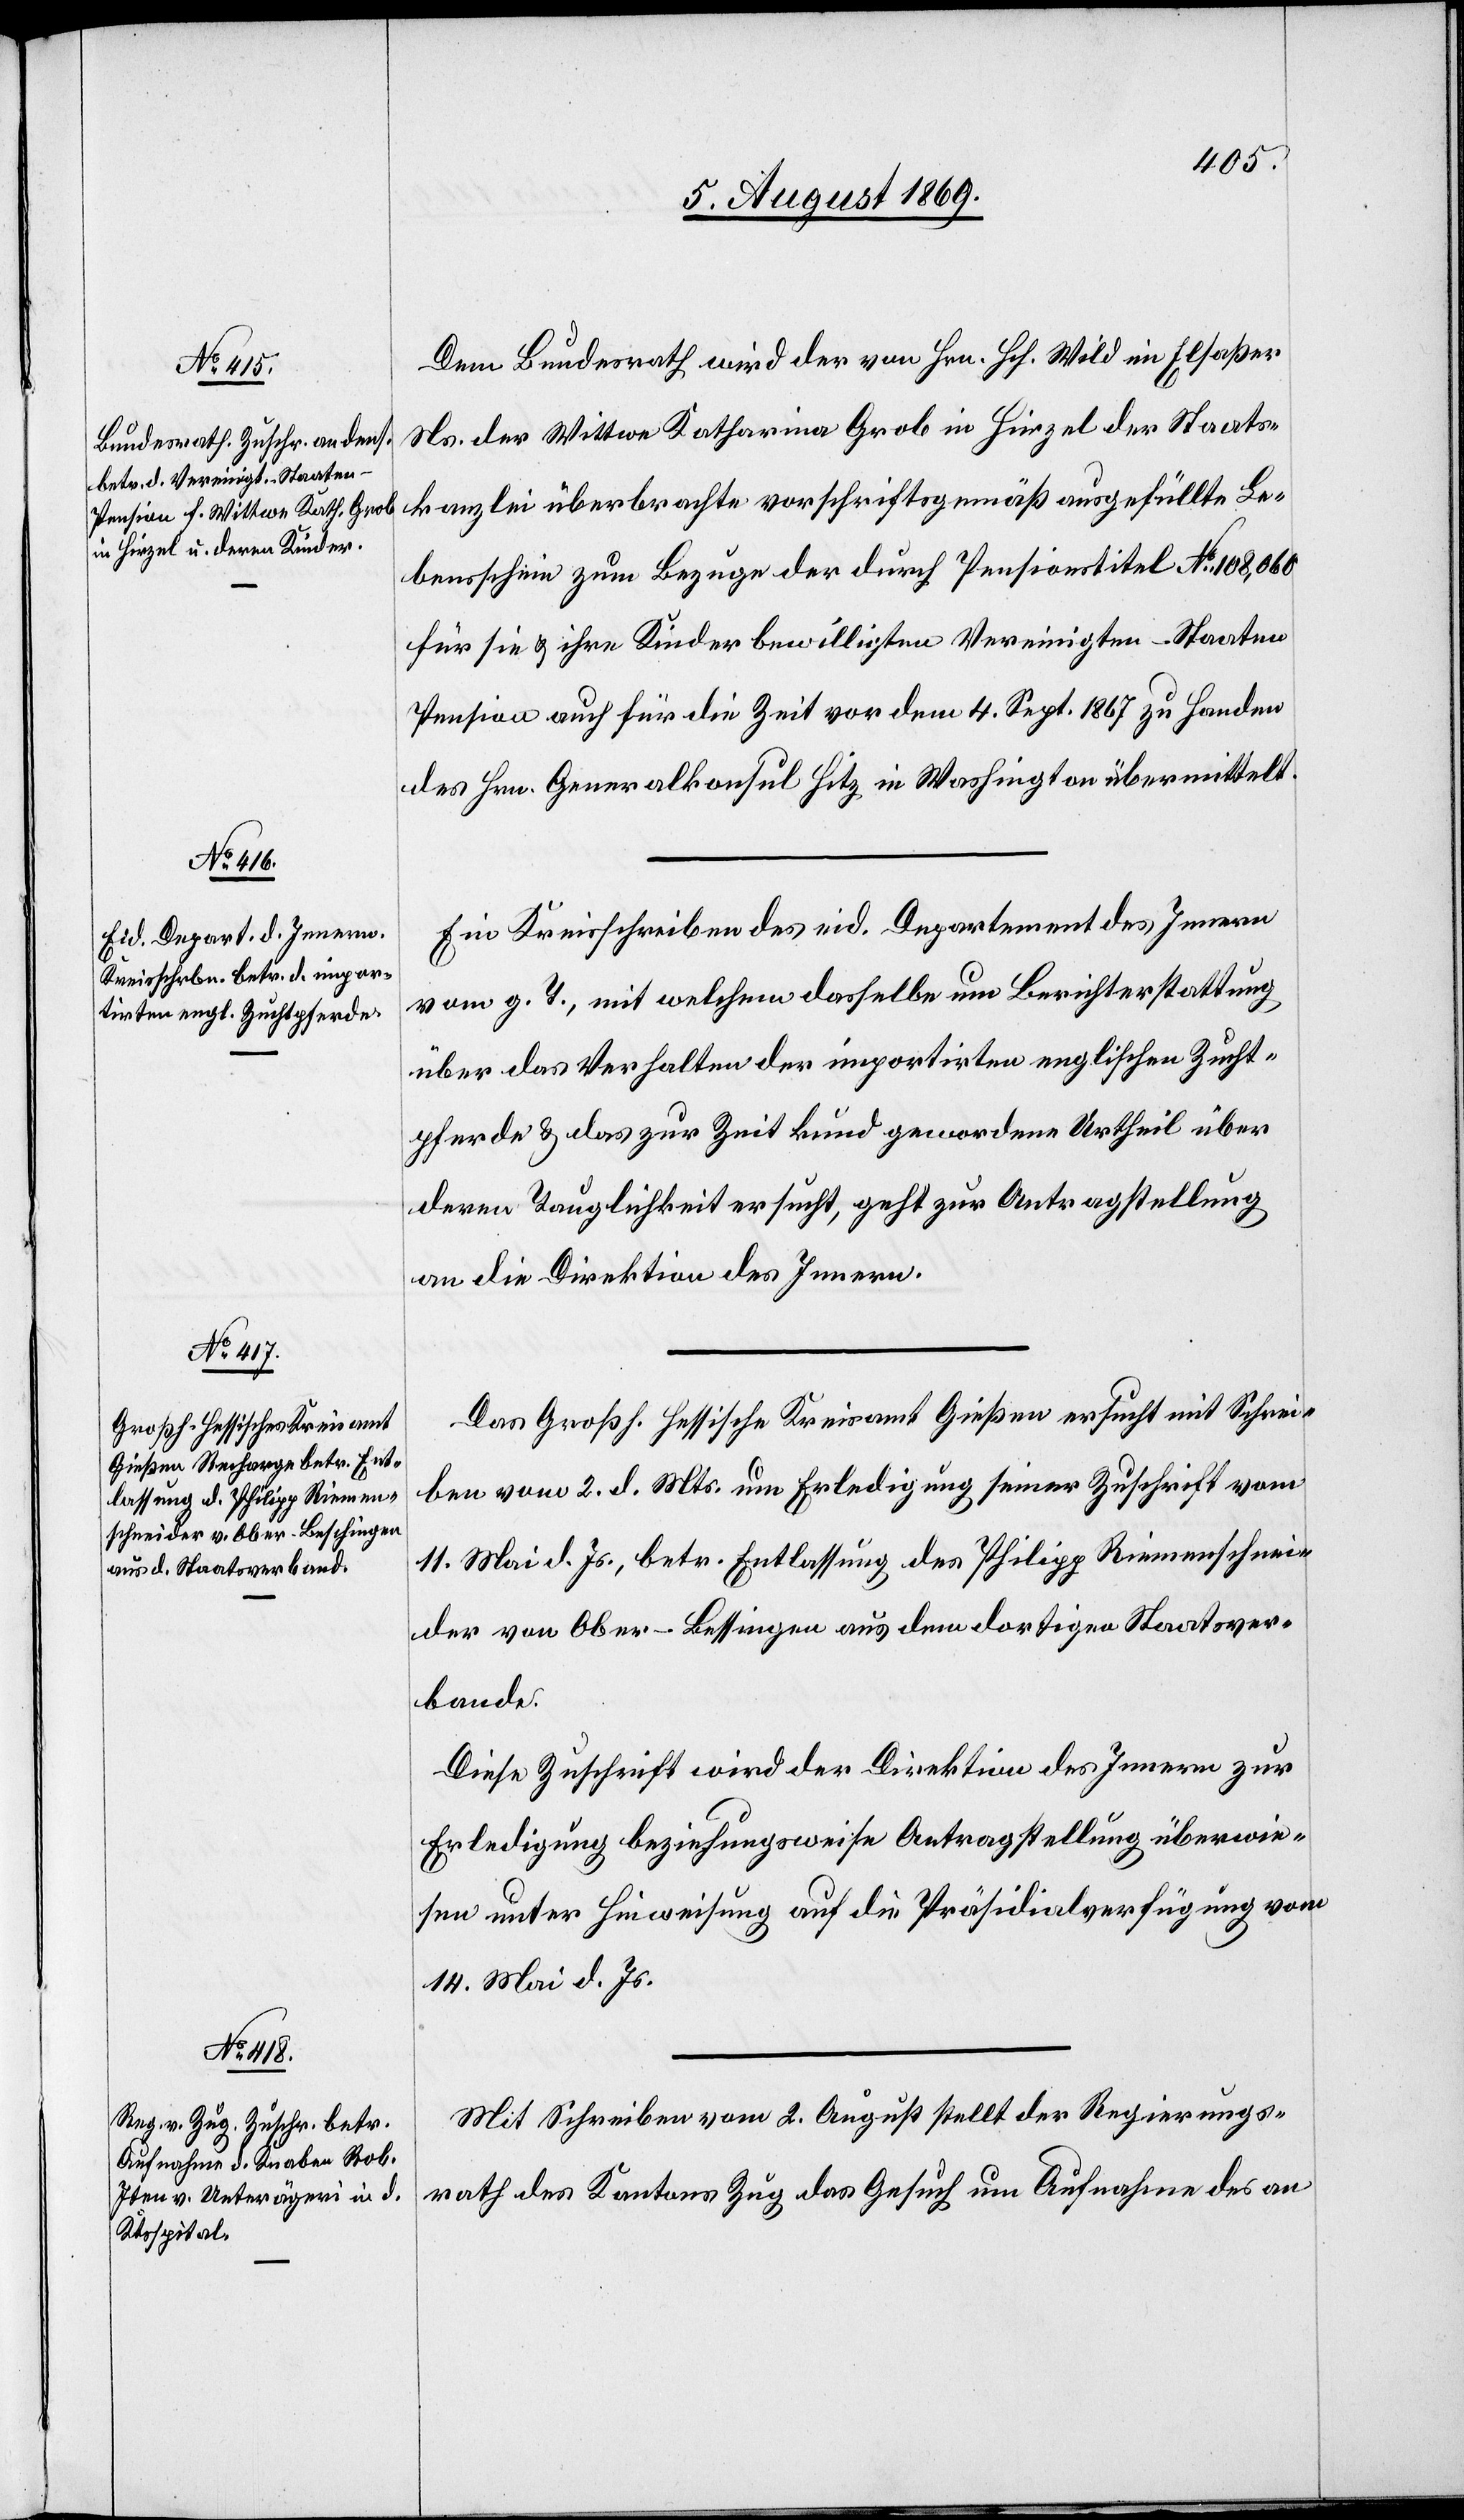
5. August 1869.]
Dem Bundesrath wird der von Hrn. Hch. Wild im Elsaßer
Ns. der Wittwe Katharina Grob in Hirzel der Staats¬
kanzlei überbrachte vorschriftsgemäß ausgefüllte Le¬
bensschein zum Bezuge der durch Pensionstitel No 108,060
für sie & ihre Kinder bewilligten Vereinigten-Staaten
Pension auch für die Zeit vor dem 4. Sept. 1867 zu Handen
des Hrn. Generalkonsul Hitz in Washington übermittelt.
Ein Kreisschreiben des eid. Departement des Innern
vom g. T., mit welchem dasselbe um Berichterstattung
über das Verhalten der importirten englischen Zucht¬
pferde & das zur Zeit kund gewordene Urtheil über
deren Tauglichkeit ersucht, geht zur Antragstellung
an die Direktion des Innern.
Das Großh. Hessische Kreisamt Gießen ersucht mit Schrei¬
ben vom 2. d. Mts. um Erledigung seiner Zuschrift vom
11. Mai d. Js. betr. Entlassung des Philipp Riemmschnei¬
der von Ober-Bessingen [sic!] aus dem dortigen Staatsver¬
bande.
Diese Zuschrift wird der Direktion des Innern zur
Erledigung beziehungsweise Antragstellung überwie¬
sen unter Hinweisung auf die Präsidial-Verfügung vom
14. Mai d. Js.
Mit Schreiben vom 8. August stellt der Regierungs¬
rath des Kantons Zug das Gesuch um Aufnahme des an